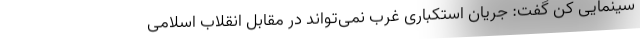
سینمایی کن گفت: جریان استکباری غرب نمی‌تواند در مقابل انقلاب اسلامی